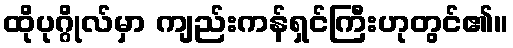
ထိုပုဂ္ဂိုလ်မှာ ကျည်းကန်ရှင်ကြီးဟုတွင်၏။